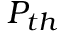
P _ { t h }